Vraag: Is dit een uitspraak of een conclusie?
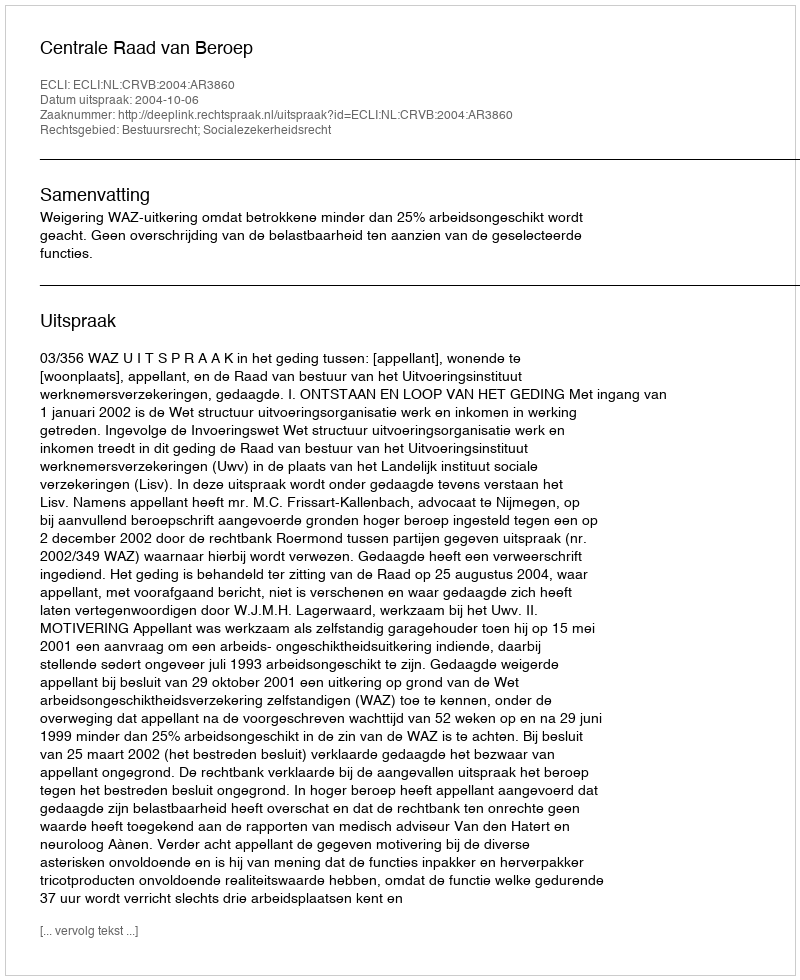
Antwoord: Uitspraak